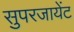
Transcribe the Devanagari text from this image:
सुपरजायेंट